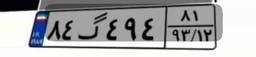
۷۸گ۲۳۵۷۹